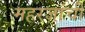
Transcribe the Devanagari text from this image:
महरजांची